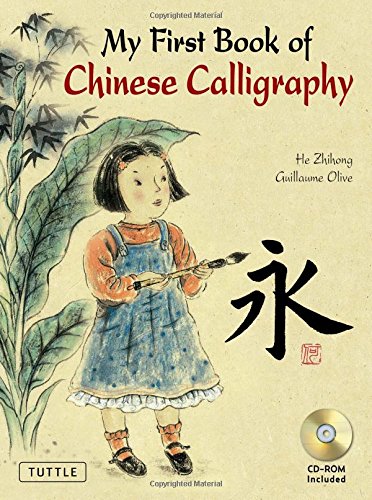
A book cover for My First Book of Chinese Calligraphy; Guillaume Olive; Children's Books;